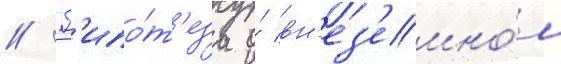
// Г'ипо́т'еза о́ вн'ез'емно́м